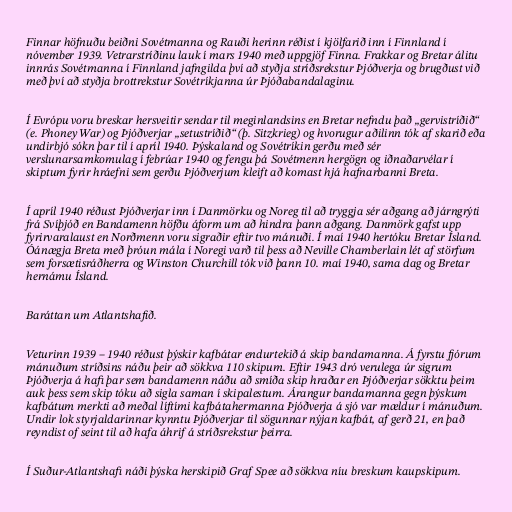
Finnar höfnuðu beiðni Sovétmanna og Rauði herinn réðist í kjölfarið inn í Finnland í
nóvember 1939. Vetrarstríðinu lauk í mars 1940 með uppgjöf Finna. Frakkar og Bretar álitu
innrás Sovétmanna í Finnland jafngilda því að styðja stríðsrekstur Þjóðverja og brugðust við
með því að styðja brottrekstur Sovétríkjanna úr Þjóðabandalaginu.

Í Evrópu voru breskar hersveitir sendar til meginlandsins en Bretar nefndu það „gervistríðið“
(e. Phoney War) og Þjóðverjar „setustríðið“ (þ. Sitzkrieg) og hvorugur aðilinn tók af skarið eða
undirbjó sókn þar til í apríl 1940. Þýskaland og Sovétríkin gerðu með sér
verslunarsamkomulag í febrúar 1940 og fengu þá Sovétmenn hergögn og iðnaðarvélar í
skiptum fyrir hráefni sem gerðu Þjóðverjum kleift að komast hjá hafnarbanni Breta.

Í apríl 1940 réðust Þjóðverjar inn í Danmörku og Noreg til að tryggja sér aðgang að járngrýti
frá Svíþjóð en Bandamenn höfðu áform um að hindra þann aðgang. Danmörk gafst upp
fyrirvaralaust en Norðmenn voru sigraðir eftir tvo mánuði. Í maí 1940 hertóku Bretar Ísland.
Óánægja Breta með þróun mála í Noregi varð til þess að Neville Chamberlain lét af störfum
sem forsætisráðherra og Winston Churchill tók við þann 10. maí 1940, sama dag og Bretar
hernámu Ísland.

Baráttan um Atlantshafið.

Veturinn 1939 – 1940 réðust þýskir kafbátar endurtekið á skip bandamanna. Á fyrstu fjórum
mánuðum stríðsins náðu þeir að sökkva 110 skipum. Eftir 1943 dró verulega úr sigrum
Þjóðverja á hafi þar sem bandamenn náðu að smíða skip hraðar en Þjóðverjar sökktu þeim
auk þess sem skip tóku að sigla saman í skipalestum. Árangur bandamanna gegn þýskum
kafbátum merkti að meðal líftími kafbátahermanna Þjóðverja á sjó var mældur í mánuðum.
Undir lok styrjaldarinnar kynntu Þjóðverjar til sögunnar nýjan kafbát, af gerð 21, en það
reyndist of seint til að hafa áhrif á stríðsrekstur þeirra.

Í Suður-Atlantshafi náði þýska herskipið Graf Spee að sökkva níu breskum kaupskipum.